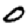
Digit: 0